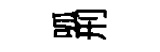
呱刑